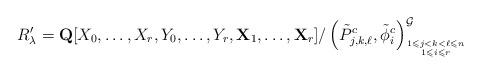
LaTeX: \begin{align*}R'_{\lambda}=\mathbf{Q}[X_0,\dots,X_r,Y_0,\dots,Y_r,\mathbf{X}_1,\dots,\mathbf{X}_r]/\left(\tilde{P}^{c}_{j,k,\ell},\tilde{\phi}^{c}_i\right)^{\mathcal{G}}_{1\leqslant j<k<\ell\leqslant n\atop 1 \leqslant i \leqslant r}\end{align*}